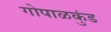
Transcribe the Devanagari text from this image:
गोपाळकुंड